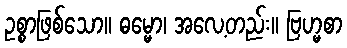
ဥစ္စာဖြစ်သော။ ဓမ္မော၊ အလေ့တည်း။ ဗြဟ္မစာ